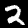
Digit: 2